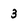
Character: 3